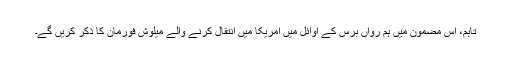
تاہم، اس مضمون میں ہم رواں برس کے اوائل میں امریکا میں انتقال کرنے والے میلوش فورمان کا ذکر کریں گے۔